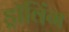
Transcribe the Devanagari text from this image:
ड्रॉविंग